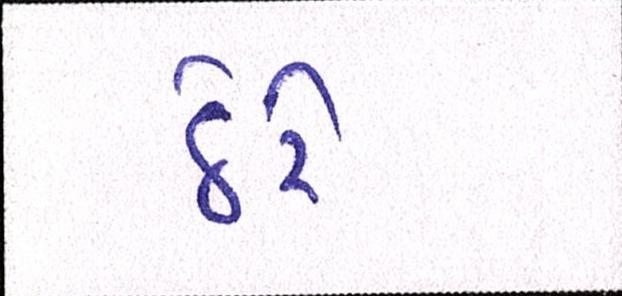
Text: ઠેરે